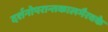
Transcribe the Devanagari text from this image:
दर्शनोपरान्तकालभैरवके